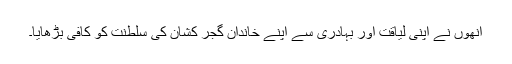
انھوں نے اپنی لیاقت اور بہادری سے اپنے خاندان گجر کشان کی سلطنت کو کافی بڑھایا۔